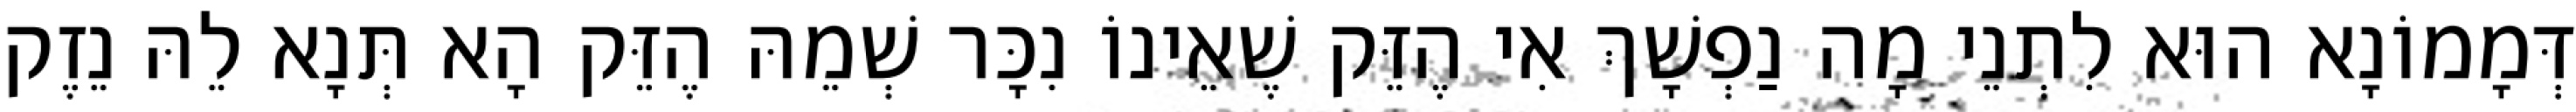
דְּמָמוֹנָא הוּא לִתְנֵי מָה נַפְשָׁךְ אִי הֶזֵּק שֶׁאֵינוֹ נִכָּר שְׁמֵהּ הֶזֵּק הָא תְּנָא לֵהּ נֵזֶק